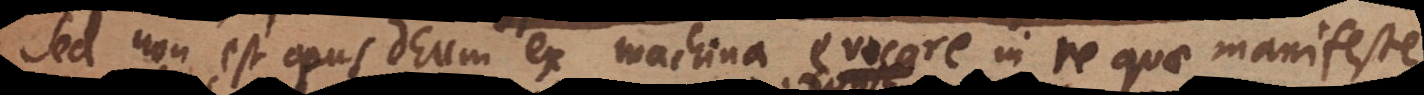
Sed non est opus Deum ex machina evocare in re quae